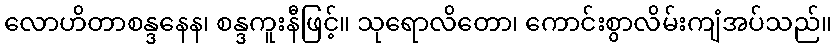
လောဟိတာစန္ဒနေန၊ စန္ဒကူးနီဖြင့်။ သုရောလိတော၊ ကောင်းစွာလိမ်းကျံအပ်သည်။